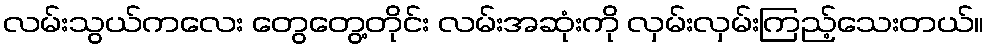
လမ်းသွယ်ကလေး တွေတွေ့တိုင်း လမ်းအဆုံးကို လှမ်းလှမ်းကြည့်သေးတယ်။